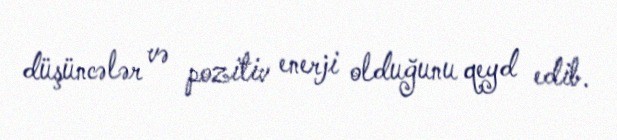
düşüncələr və pozitiv enerji olduğunu qeyd edib.